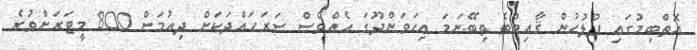
އޮތްބިމުގައި ފުލުހުން ޤާއިމްވެ ތިބޭނަމަ އިހަވަންދޫގަ އެއްވެސް ސަރަހައްދަކަށް ދިއުމަށް 800 މީޓަރަށްވުރެ